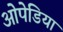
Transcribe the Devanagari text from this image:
ओपेडिया